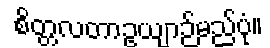
စိတ္တလတာဥယျာဉ်မည်ပုံ။